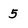
Character: 5